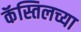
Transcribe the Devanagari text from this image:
कॅस्तिलच्या